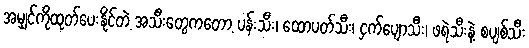
အမျှင်ကိုထုတ်ပေးနိုင်တဲ့ အသီးတွေကတော့ ပန်းသီး၊ ထောပတ်သီး၊ ငှက်ပျောသီး၊ ဖရဲသီးနဲ့ စပျစ်သီး